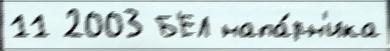
11 2003 Б'ЕЛ напа́рн'ика